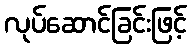
လုပ်ဆောင်ခြင်းဖြင့်